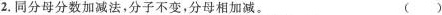
2.同分母分数加减法，分子不变，分母相加减。 ()